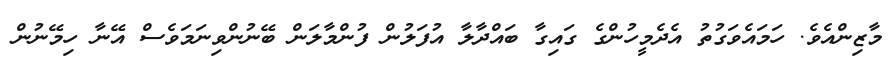
މާޒިންއެވެ. ހަމައެވަގުތު އެދެމީހުންގެ ގައިގާ ބައްދާލާ އުފަލުން ފުންމާލަން ބޭނުންވިނަމަވެސް އޭނާ ހިމޭނުން